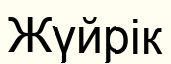
Жүйрік